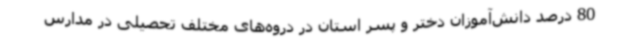
80 درصد دانش‌آموزان دختر و پسر استان در دروه‌های مختلف تحصیلی در مدارس